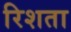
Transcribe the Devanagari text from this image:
रिशता